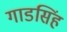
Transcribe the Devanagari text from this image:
गाडसिंह